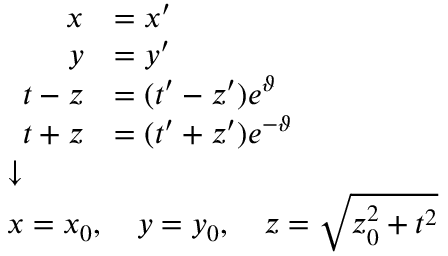
{ \scriptstyle { \begin{array} { l } { { \begin{array} { r l } { x } & { = x ^ { \prime } } \\ { y } & { = y ^ { \prime } } \\ { t - z } & { = ( t ^ { \prime } - z ^ { \prime } ) e ^ { \vartheta } } \\ { t + z } & { = ( t ^ { \prime } + z ^ { \prime } ) e ^ { - \vartheta } } \end{array} } } \\ { { \boldsymbol { \downarrow } } } \\ { x = x _ { 0 } , \quad y = y _ { 0 } , \quad z = { \sqrt { z _ { 0 } ^ { 2 } + t ^ { 2 } } } } \end{array} } }